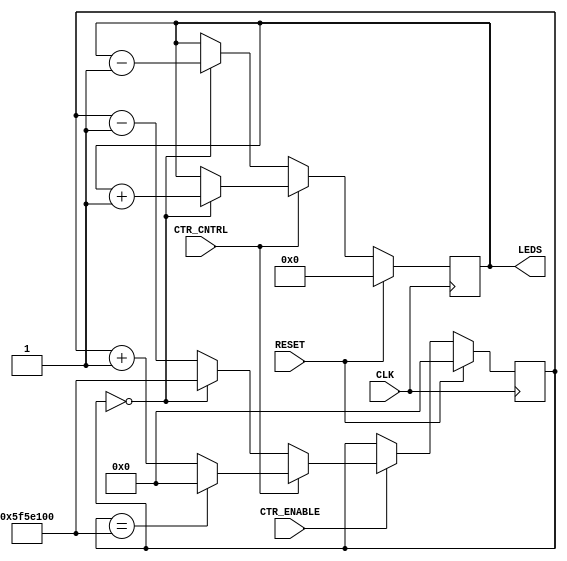
`timescale 1ns / 1ps
//////////////////////////////////////////////////////////////////////////////////
// Company: 
// Engineer: 
// 
// Design Name: 
// Module Name: Timing_the_world
// Project Name: 
// Target Devices: 
// Tool Versions: 
// Description: 
// 
// Dependencies: 
// 
// Revision:
// Revision 0.01 - File Created
// Additional Comments:
// 
//////////////////////////////////////////////////////////////////////////////////


module Timing_the_world(
    input CLK,
    input RESET,
    input CTR_ENABLE,
    input CTR_CNTRL,
    output [7:0] LEDS
    );
    
    reg [26:0] Bit27Counter;
    reg [7:0] Value;
    
    always@(posedge CLK) begin
        if(RESET)
            Bit27Counter <= 0;
        else begin
            if(CTR_ENABLE) begin
                if(CTR_CNTRL) begin
                    if(Bit27Counter == 100000000)
                        Bit27Counter <= 0;
                    else
                        Bit27Counter = Bit27Counter + 1;
                end
                else begin
                    if(Bit27Counter == 0)
                        Bit27Counter <= 100000000;
                    else
                        Bit27Counter = Bit27Counter - 1;
                end
            end
        end
    end
    
    always@(posedge CLK) begin
        if(RESET)
            Value <= 0;
        else begin
            if(CTR_CNTRL) begin
                if(Bit27Counter == 0)
                    Value = Value + 1;
            end
            else begin
                if(Bit27Counter == 0)
                    Value = Value - 1;
            end
        end
    end
    
    assign LEDS = Value;
endmodule